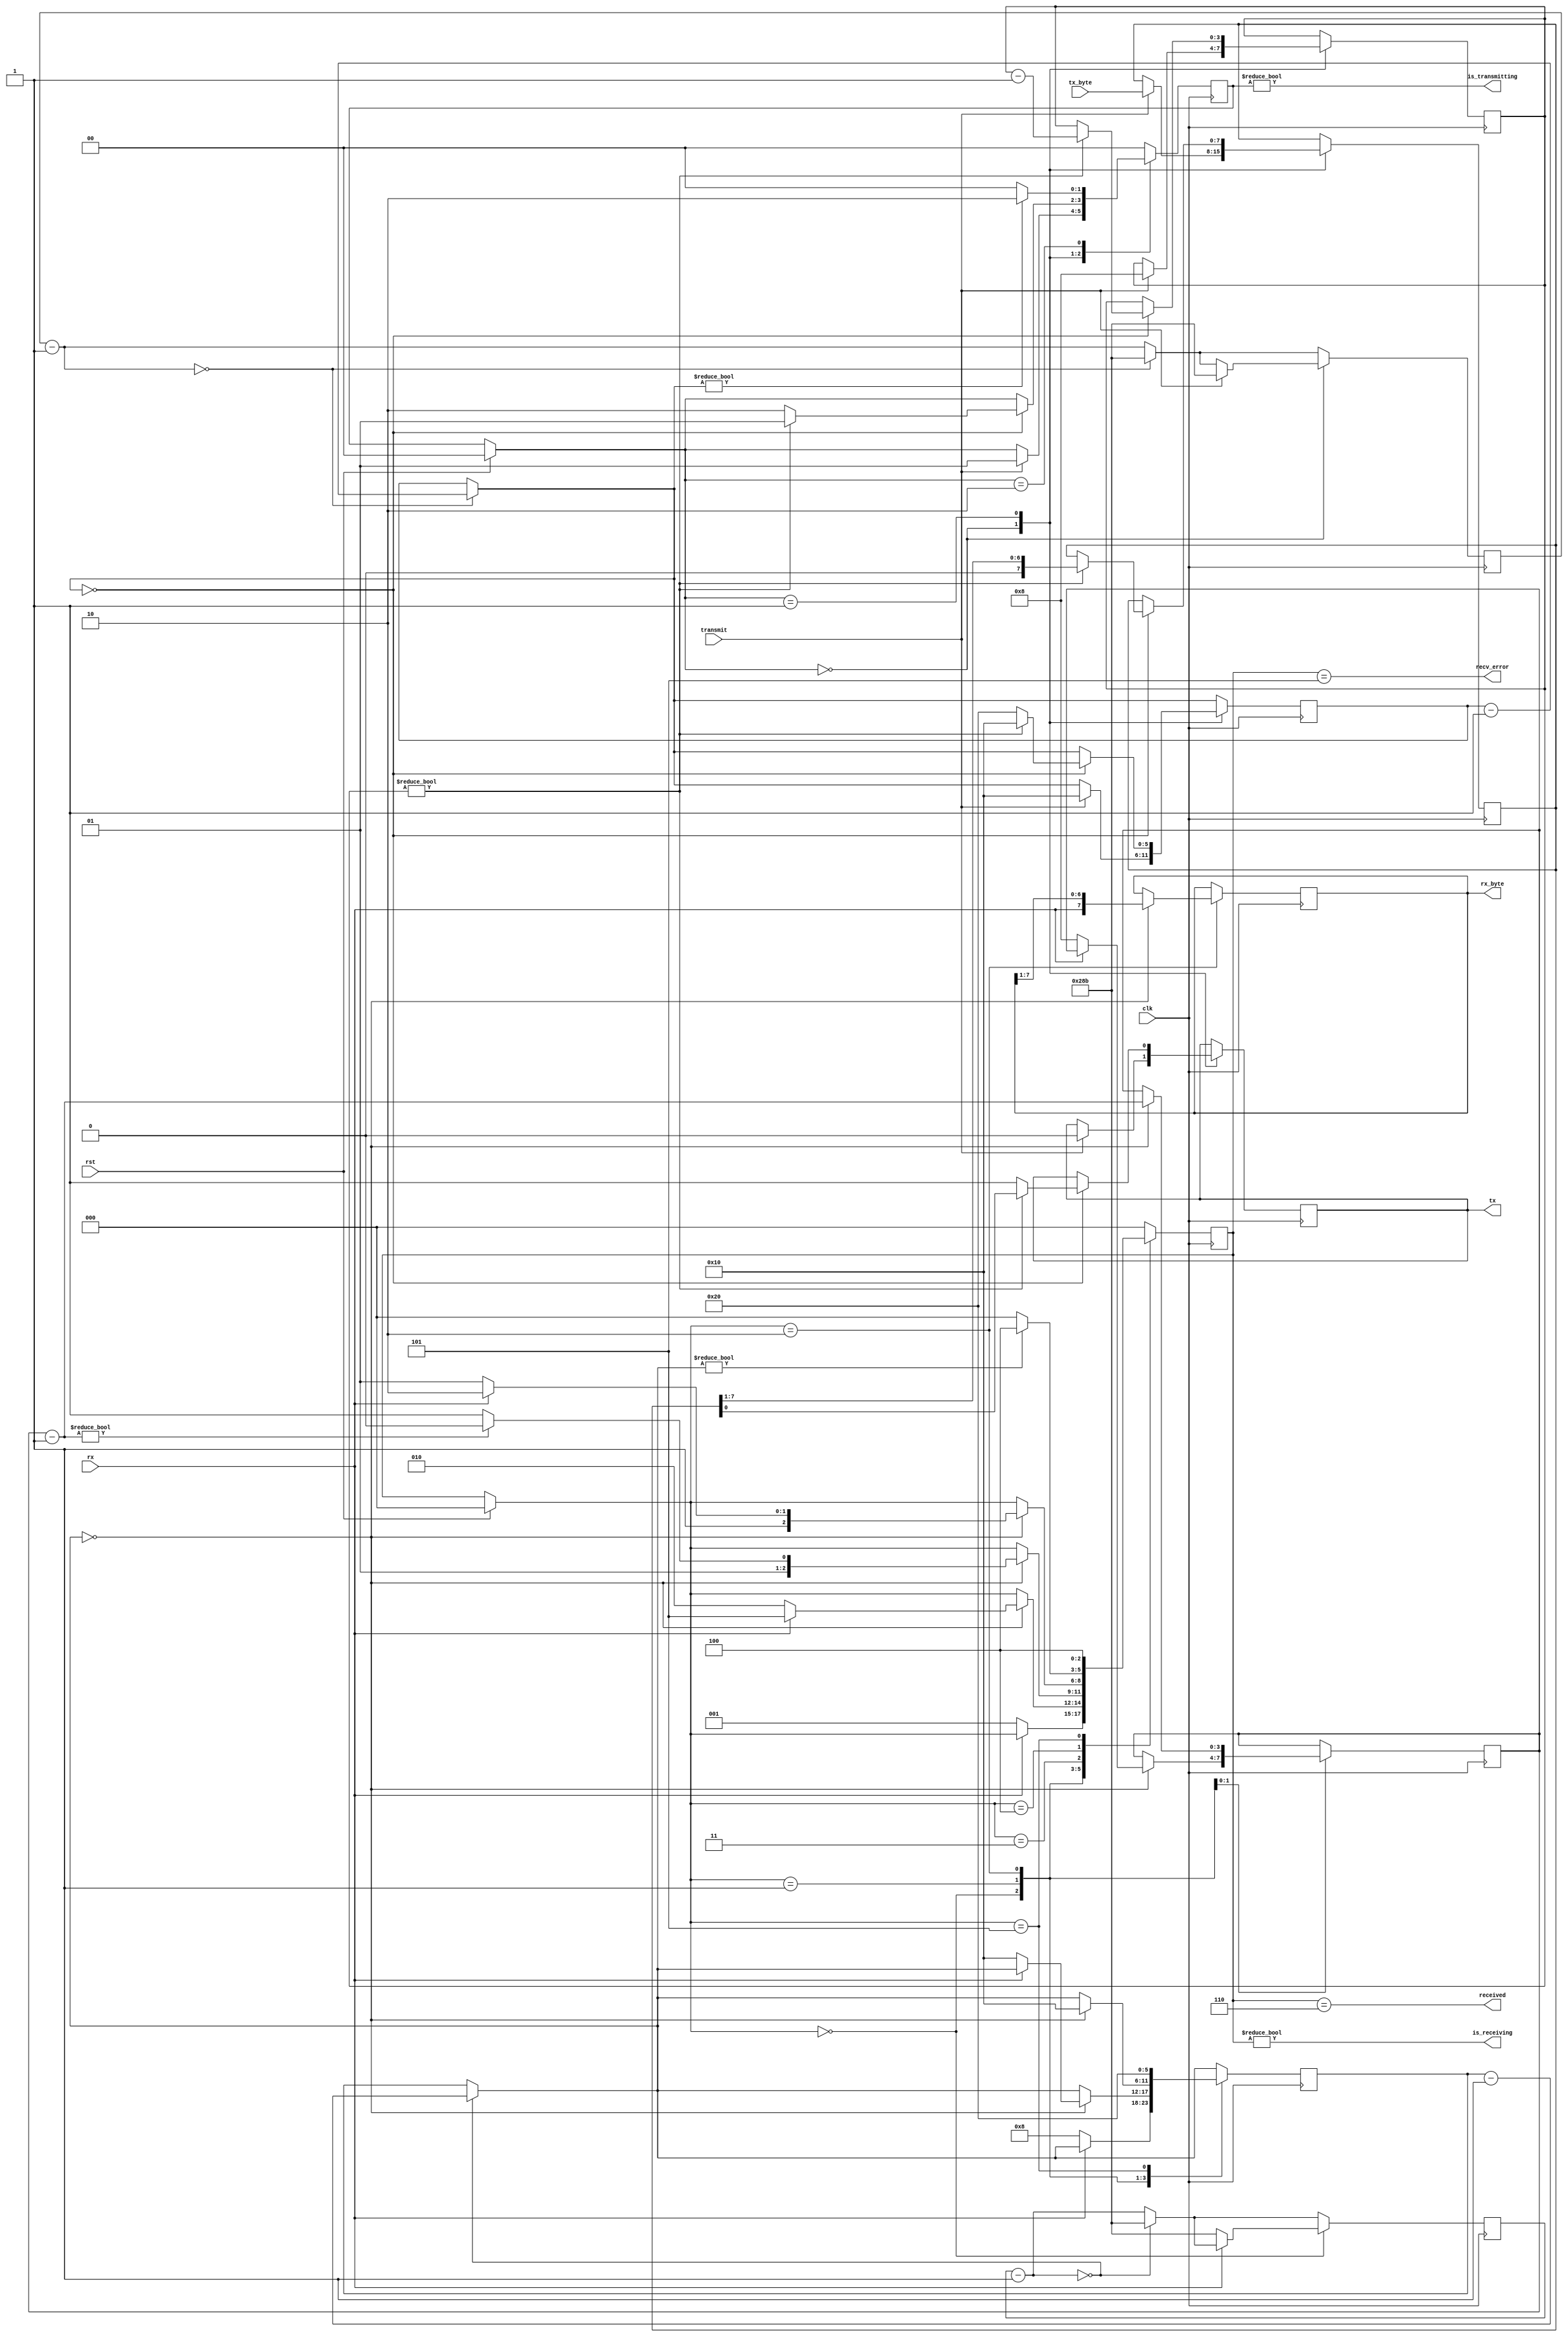
`timescale 1ns / 1ps
// Documented Verilog UART
// Copyright (C) 2010 Timothy Goddard (tim@goddard.net.nz)
// Distributed under the MIT licence.
//
// Permission is hereby granted, free of charge, to any person obtaining a copy
// of this software and associated documentation files (the "Software"), to deal
// in the Software without restriction, including without limitation the rights
// to use, copy, modify, merge, publish, distribute, sublicense, and/or sell
// copies of the Software, and to permit persons to whom the Software is
// furnished to do so, subject to the following conditions:
// 
// The above copyright notice and this permission notice shall be included in
// all copies or substantial portions of the Software.
// 
// THE SOFTWARE IS PROVIDED "AS IS", WITHOUT WARRANTY OF ANY KIND, EXPRESS OR
// IMPLIED, INCLUDING BUT NOT LIMITED TO THE WARRANTIES OF MERCHANTABILITY,
// FITNESS FOR A PARTICULAR PURPOSE AND NONINFRINGEMENT. IN NO EVENT SHALL THE
// AUTHORS OR COPYRIGHT HOLDERS BE LIABLE FOR ANY CLAIM, DAMAGES OR OTHER
// LIABILITY, WHETHER IN AN ACTION OF CONTRACT, TORT OR OTHERWISE, ARISING FROM,
// OUT OF OR IN CONNECTION WITH THE SOFTWARE OR THE USE OR OTHER DEALINGS IN
// THE SOFTWARE.
// 
module uart(
    input clk, // The master clock for this module
    input rst, // Synchronous reset.
    input rx, // Incoming serial line
    output tx, // Outgoing serial line
    input transmit, // Signal to transmit
    input [7:0] tx_byte, // Byte to transmit
    output received, // Indicated that a byte has been received.
    output [7:0] rx_byte, // Byte received
    output is_receiving, // Low when receive line is idle.
    output is_transmitting, // Low when transmit line is idle.
    output recv_error // Indicates error in receiving packet.
    );

parameter CLOCK_DIVIDE = 651; // clock rate (100Mhz) / (baud rate (9600) * 16)

// States for the receiving state machine.
// These are just constants, not parameters to override.
parameter RX_IDLE = 0;
parameter RX_CHECK_START = 1;
parameter RX_READ_BITS = 2;
parameter RX_CHECK_STOP = 3;
parameter RX_DELAY_RESTART = 4;
parameter RX_ERROR = 5;
parameter RX_RECEIVED = 6;

// States for the transmitting state machine.
// Constants - do not override.
parameter TX_IDLE = 0;
parameter TX_SENDING = 1;
parameter TX_DELAY_RESTART = 2;

reg [10:0] rx_clk_divider = CLOCK_DIVIDE;
reg [10:0] tx_clk_divider = CLOCK_DIVIDE;

reg [2:0] recv_state = RX_IDLE;
reg [5:0] rx_countdown;
reg [3:0] rx_bits_remaining;
reg [7:0] rx_data;

reg tx_out = 1;
reg [1:0] tx_state = TX_IDLE;
reg [5:0] tx_countdown;
reg [3:0] tx_bits_remaining;
reg [7:0] tx_data;

assign received = (recv_state == RX_RECEIVED);
assign recv_error = (recv_state == RX_ERROR);
assign is_receiving = (recv_state != RX_IDLE);
assign rx_byte = rx_data;

assign tx = tx_out;
assign is_transmitting = tx_state != TX_IDLE;

always @(posedge clk) begin
  if (rst) begin
    recv_state = RX_IDLE;
    tx_state = TX_IDLE;
  end

  // The clk_divider counter counts down from the CLOCK_DIVIDE constant.
  // Whenever it reaches 0, 1/16 of the bit period has elapsed. Countdown
  // timers for the receiving and transmitting state machines are decremented.
  rx_clk_divider = rx_clk_divider - 1;
  if (!rx_clk_divider) begin
    rx_clk_divider = CLOCK_DIVIDE;
    rx_countdown = rx_countdown - 1;
  end
  tx_clk_divider = tx_clk_divider - 1;
  if (!tx_clk_divider) begin
    tx_clk_divider = CLOCK_DIVIDE;
    tx_countdown = tx_countdown - 1;
  end

  // Receive state machine
  case (recv_state)
    RX_IDLE: begin
      // A low pulse on the receive line indicates the start of data.
      if (!rx) begin
        // Wait half the period - should resume
        // in the middle of this first pulse.
        rx_clk_divider = CLOCK_DIVIDE;
        rx_countdown = 8;
        recv_state = RX_CHECK_START;
      end
    end

    RX_CHECK_START: begin
      if (!rx_countdown) begin
        // Check the pulse is still there
        if (!rx) begin
          // Pulse still there - good
          // Wait the bit period to resume half-way through the first bit.
          rx_countdown = 16;
          rx_bits_remaining = 8;
          recv_state = RX_READ_BITS;
        end else begin
          // Pulse lasted less than half the period -
          // not a valid transmission.
          recv_state = RX_ERROR;
        end
      end
    end

    RX_READ_BITS: begin
      if (!rx_countdown) begin
        // Should be half-way through a bit pulse here.
        // Read this bit in, wait for the next if we have more to get.
        rx_data = {rx, rx_data[7:1]};
        rx_countdown = 16;
        rx_bits_remaining = rx_bits_remaining - 1;
        recv_state = rx_bits_remaining ? RX_READ_BITS : RX_CHECK_STOP;
      end
    end

    RX_CHECK_STOP: begin
      if (!rx_countdown) begin
        // Should resume half-way through the stop bit. This should
        // be high - if not, reject the transmission and signal an error.
        recv_state = rx ? RX_RECEIVED : RX_ERROR;
      end
    end

    RX_DELAY_RESTART: begin
      // Waits a set number of cycles before accepting another transmission.
      recv_state = rx_countdown ? RX_DELAY_RESTART : RX_IDLE;
    end

    RX_ERROR: begin
      // There was an error receiving.
      // Raises the recv_error flag for one clock cycle while in this state
      // and then waits 2 bit periods before accepting another transmission.
      rx_countdown = 32;
      recv_state = RX_DELAY_RESTART;
    end

    RX_RECEIVED: begin
      // Successfully received a byte.
      // Raises the received flag for one clock cycle while in this state.
      recv_state = RX_IDLE;
    end

    default: recv_state = RX_IDLE;
  endcase

  // Transmit state machine
  case (tx_state)
    TX_IDLE: begin
      if (transmit) begin
        // If the transmit flag is raised in the idle
        // state, start transmitting the current content of the tx_byte input.
        tx_data = tx_byte;
        // Send the initial, low pulse of 1 bit period
        // to signal the start, followed by the data
        tx_clk_divider = CLOCK_DIVIDE;
        tx_countdown = 16;
        tx_out = 0;
        tx_bits_remaining = 8;
        tx_state = TX_SENDING;
      end
    end

    TX_SENDING: begin
      if (!tx_countdown) begin
        if (tx_bits_remaining) begin
          tx_bits_remaining = tx_bits_remaining - 1;
          tx_out = tx_data[0];
          tx_data = {1'b0, tx_data[7:1]};
          tx_countdown = 16;
          tx_state = TX_SENDING;
        end else begin
          // Set delay to send out 2 stop bits.
          tx_out = 1;
          tx_countdown = 32;
          tx_state = TX_DELAY_RESTART;
        end
      end
    end

    TX_DELAY_RESTART: begin
      // Wait until tx_countdown reaches the end before
      // we send another transmission. This covers the "stop bit" delay.
      tx_state = tx_countdown ? TX_DELAY_RESTART : TX_IDLE;
    end

    default: tx_state = TX_IDLE;
  endcase
end

endmodule